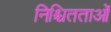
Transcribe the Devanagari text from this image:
निश्चितताओं